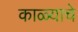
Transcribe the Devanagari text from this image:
काळ्याचे